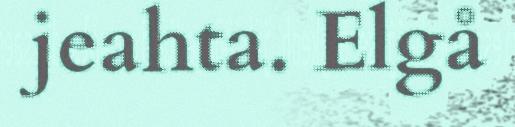
jeahta. Elgå